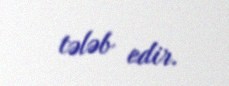
tələb edir.